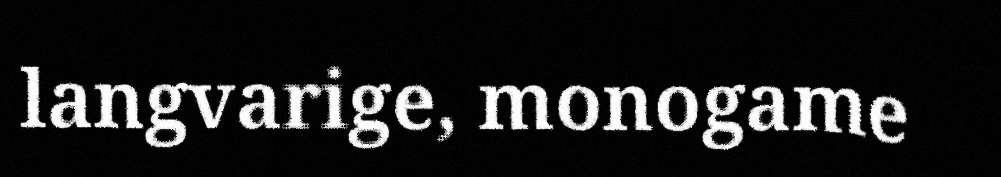
langvarige, monogame